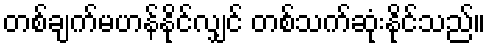
တစ်ချက်မဟန်နိုင်လျှင် တစ်သက်ဆုံးနိုင်သည်။